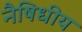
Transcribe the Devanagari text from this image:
नैषिधीय